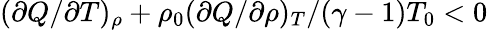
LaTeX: (\partial Q/\partial T)_{\rho}+\rho_{0}(\partial Q/\partial\rho)_{T}/(\gamma-1)T_{0}<0